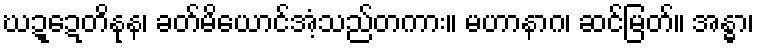
ဃဍ္ဍေတိနုန၊ ခတ်မိယောင်အံ့သည်တကား။ မဟာနာဂ၊ ဆင်မြတ်။ အန္ဓာ၊